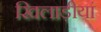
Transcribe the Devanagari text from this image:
खिलाड़ीयां